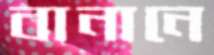
বানানে